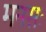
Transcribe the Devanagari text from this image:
मनसः